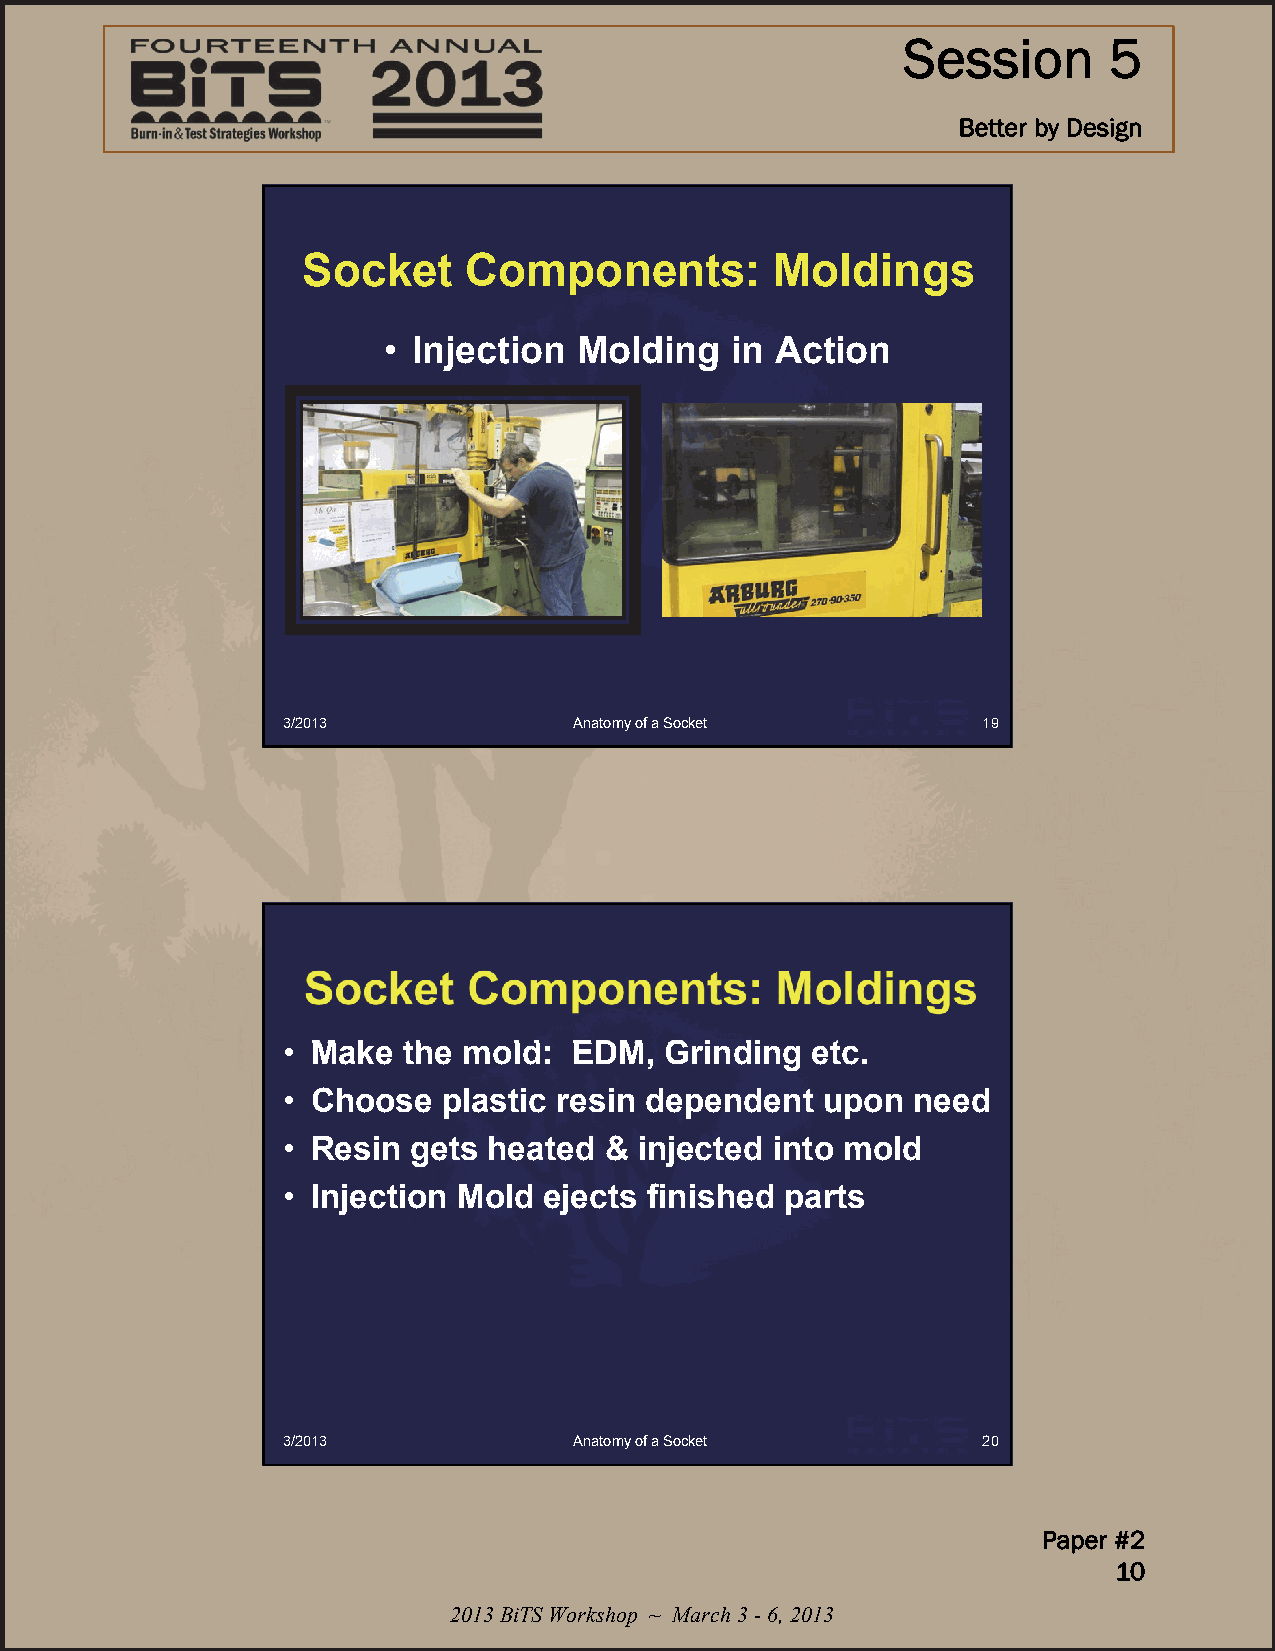
Session      5
 Better by Design
 Socket     Components:         Moldings
 • Injection  Molding   in Action
 3/2013             Anatomy of a Socket        19
 • Make  the mold:  EDM,  Grinding  etc.
 • Choose  plastic resin dependent  upon  need
 • Resin gets heated  & injected into mold
 • Injection Mold ejects finished parts
 3/2013             Anatomy of a Socket        20
 Paper #2
 10
 2013 BiTS Workshop ~ March 3 -6, 2013